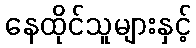
နေထိုင်သူများနှင့်